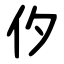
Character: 㐴